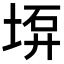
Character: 𡍟